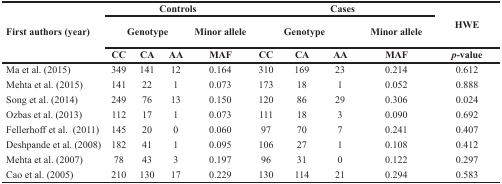
<table><thead><tr><td rowspan="3"><b>First authors (year)</b></td><td colspan="4"><b>Controls</b></td><td colspan="4"><b>Cases</b></td><td rowspan="2"><b>HWE</b></td></tr><tr><td colspan="3"><b>Genotype</b></td><td><b>Minor allele</b></td><td colspan="3"><b>Genotype</b></td><td><b>Minor allele</b></td></tr><tr><td><b>CC</b></td><td><b>CA</b></td><td><b>AA</b></td><td><b>MAF</b></td><td><b>CC</b></td><td><b>CA</b></td><td><b>AA</b></td><td><b>MAF</b></td><td><b><i>p</i>-value</b></td></tr></thead><tbody><tr><td>Ma et al. (2015)</td><td>349</td><td>141</td><td>12</td><td>0.164</td><td>310</td><td>169</td><td>23</td><td>0.214</td><td>0.612</td></tr><tr><td>Mehta et al. (2015)</td><td>141</td><td>22</td><td>1</td><td>0.073</td><td>173</td><td>18</td><td>1</td><td>0.052</td><td>0.888</td></tr><tr><td>Song et al. (2014)</td><td>249</td><td>76</td><td>13</td><td>0.150</td><td>120</td><td>86</td><td>29</td><td>0.306</td><td>0.024</td></tr><tr><td>Ozbas et al. (2013)</td><td>112</td><td>17</td><td>1</td><td>0.073</td><td>111</td><td>18</td><td>3</td><td>0.090</td><td>0.692</td></tr><tr><td>Fellerhoff et al. (2011)</td><td>145</td><td>20</td><td>0</td><td>0.060</td><td>97</td><td>70</td><td>7</td><td>0.241</td><td>0.407</td></tr><tr><td>Deshpande et al. (2008)</td><td>182</td><td>41</td><td>1</td><td>0.095</td><td>106</td><td>27</td><td>1</td><td>0.108</td><td>0.412</td></tr><tr><td>Mehta et al. (2007)</td><td>78</td><td>43</td><td>3</td><td>0.197</td><td>96</td><td>31</td><td>0</td><td>0.122</td><td>0.297</td></tr><tr><td>Cao et al. (2005)</td><td>210</td><td>130</td><td>17</td><td>0.229</td><td>130</td><td>114</td><td>21</td><td>0.294</td><td>0.583</td></tr></tbody></table>